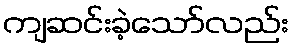
ကျဆင်းခဲ့သော်လည်း